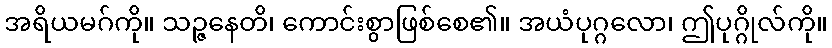
အရိယမဂ်ကို။ သဉ္ဇနေတိ၊ ကောင်းစွာဖြစ်စေ၏။ အယံပုဂ္ဂလော၊ ဤပုဂ္ဂိုလ်ကို။